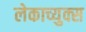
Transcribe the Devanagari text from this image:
लेकाच्युक्स